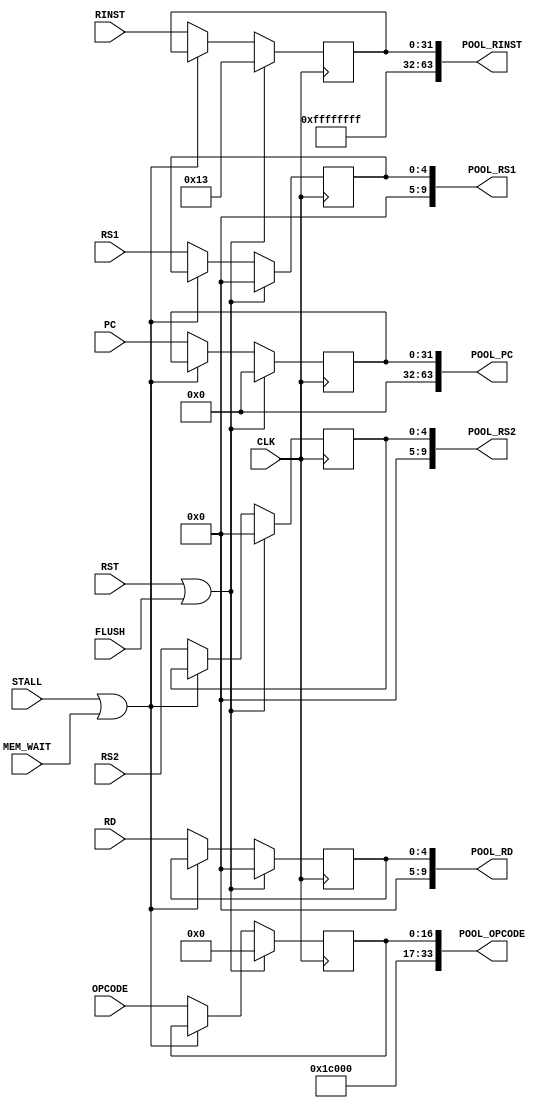
module pool #
    (
        parameter COP_NUMS = 32'd1,
        parameter PNUMS = COP_NUMS+1
    )
    (
        /* -----  ----- */
        input wire                   CLK,
        input wire                   RST,
        input wire                   FLUSH,
        input wire                   STALL,
        input wire                   MEM_WAIT,

        /* ----- 2 ----- */
        input wire [31:0]            PC,
        input wire [16:0]            OPCODE,
        input wire [4:0]             RD,
        input wire [4:0]             RS1,
        input wire [4:0]             RS2,
        input wire [31:0]            RINST,

        /* ----- 1 ----- */
        output wire [(32*PNUMS-1):0] POOL_PC,
        output wire [(17*PNUMS-1):0] POOL_OPCODE,
        output wire [( 5*PNUMS-1):0] POOL_RD,
        output wire [( 5*PNUMS-1):0] POOL_RS1,
        output wire [( 5*PNUMS-1):0] POOL_RS2,
        output wire [(32*PNUMS-1):0] POOL_RINST
    );

    /* -----  ----- */
    reg  [31:0] pc, rinst;
    reg  [16:0] opcode;
    reg  [4:0]  rd, rs1, rs2;

    always @ (posedge CLK) begin
        if (RST || FLUSH) begin
            pc <= 32'b0;
            opcode <= 17'b0;
            rd <= 5'b0;
            rs1 <= 5'b0;
            rs2 <= 5'b0;
            rinst <= 32'h0000_0013;
        end
        else if (STALL || MEM_WAIT) begin
            // do nothing
        end
        else begin
            pc <= PC;
            opcode <= OPCODE;
            rd <= RD;
            rs1 <= RS1;
            rs2 <= RS2;
            rinst <= RINST;
        end
    end

    /* -----  ----- */
    assign POOL_PC     = { 32'b0, pc };
    assign POOL_OPCODE = { 17'h1C000, opcode };
    assign POOL_RD     = { 5'b0, rd };
    assign POOL_RS1    = { 5'b0, rs1 };
    assign POOL_RS2    = { 5'b0, rs2 };
    assign POOL_RINST  = { 32'hffff_ffff, rinst };

endmodule